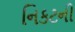
નિકટની